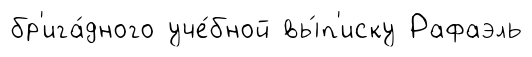
бр'ига́дного уче́бной вы́п'иску Рафаэль